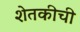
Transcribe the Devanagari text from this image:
शेतकीची